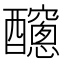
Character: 𨣼